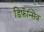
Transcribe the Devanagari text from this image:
डिफ़ॅन्सिव